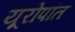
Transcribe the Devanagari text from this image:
यूरोपांत